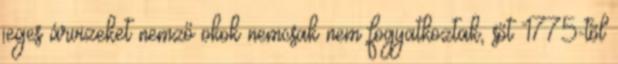
jeges árvizeket nemző okok nemcsak nem fogyatkoztak, sőt 1775-tõl